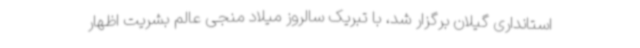
استانداری گیلان برگزار شد، با تبریک سالروز میلاد منجی عالم بشریت اظهار